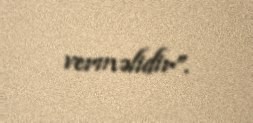
verməlidir”.